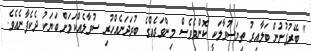
" ބޭރުފުށުން ބަލާއިރު ތިޔަސުވާލަކީ ކޮންމެވެސް މިންވަރެއްގެ ބުރަދަނެއްހުރި ސުވާލެއްކަމަށް ބަޔަކު ދެކެފާނެއެވެ.